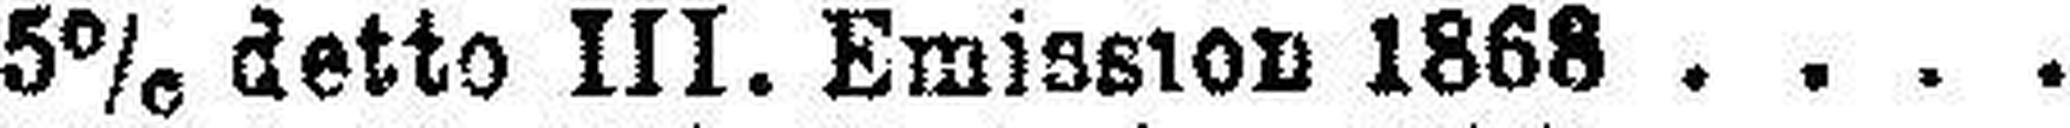
5% detto III. Emission 1868